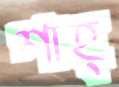
শাহ্